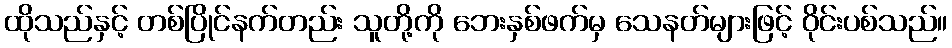
ထိုသည်နှင့် တစ်ပြိုင်နက်တည်း သူတို့ကို ဘေးနှစ်ဖက်မှ သေနတ်များဖြင့် ဝိုင်းပစ်သည်။